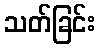
သတ်ခြင်း